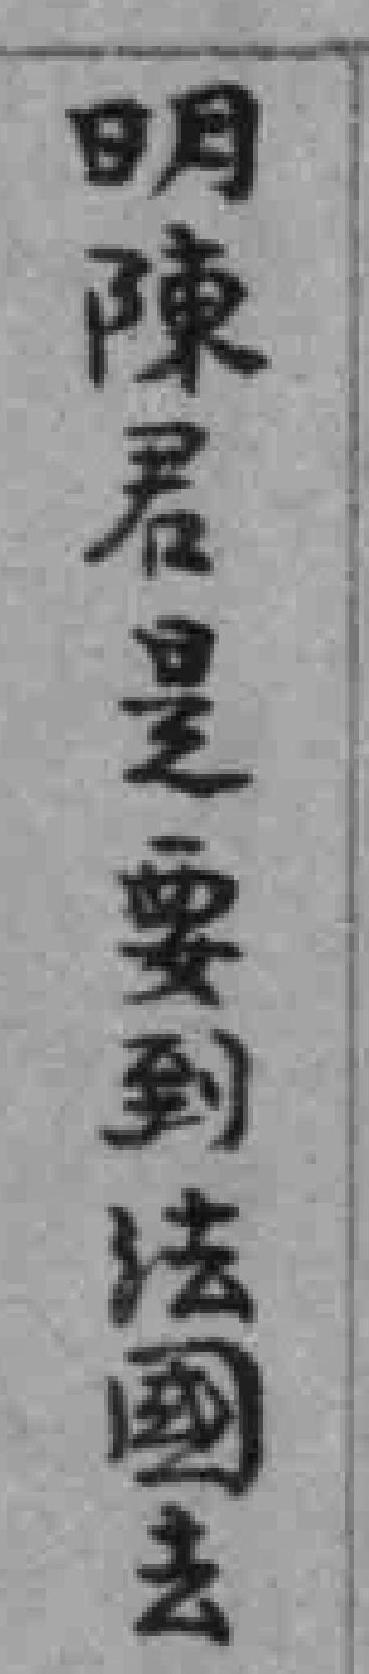
明陳君是要到法國去